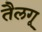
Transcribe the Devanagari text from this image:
तैलगू